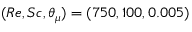
( R e , S c , \theta _ { \mu } ) = ( 7 5 0 , 1 0 0 , 0 . 0 0 5 )